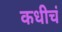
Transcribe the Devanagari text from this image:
कधीचं